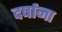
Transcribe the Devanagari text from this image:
दर्षाना